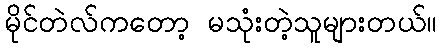
မိုင်တဲလ်ကတော့ မသုံးတဲ့သူများတယ်။